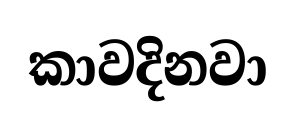
කාවදිනවා